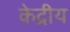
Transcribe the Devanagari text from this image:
केद्रीय